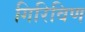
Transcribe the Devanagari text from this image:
गिरिविण